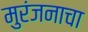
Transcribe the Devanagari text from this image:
मुरंजनाचा